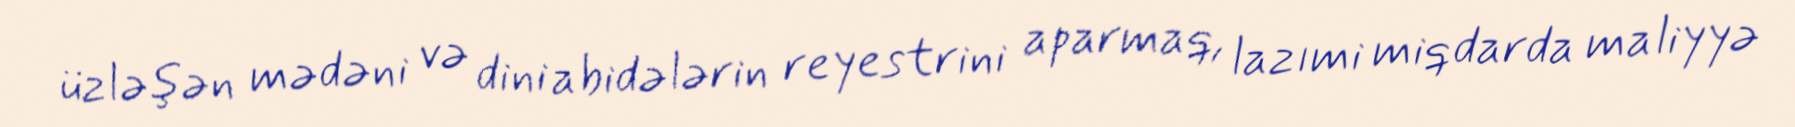
üzləşən mədəni və dini abidələrin reyestrini aparmaq, lazımi miqdarda maliyyə